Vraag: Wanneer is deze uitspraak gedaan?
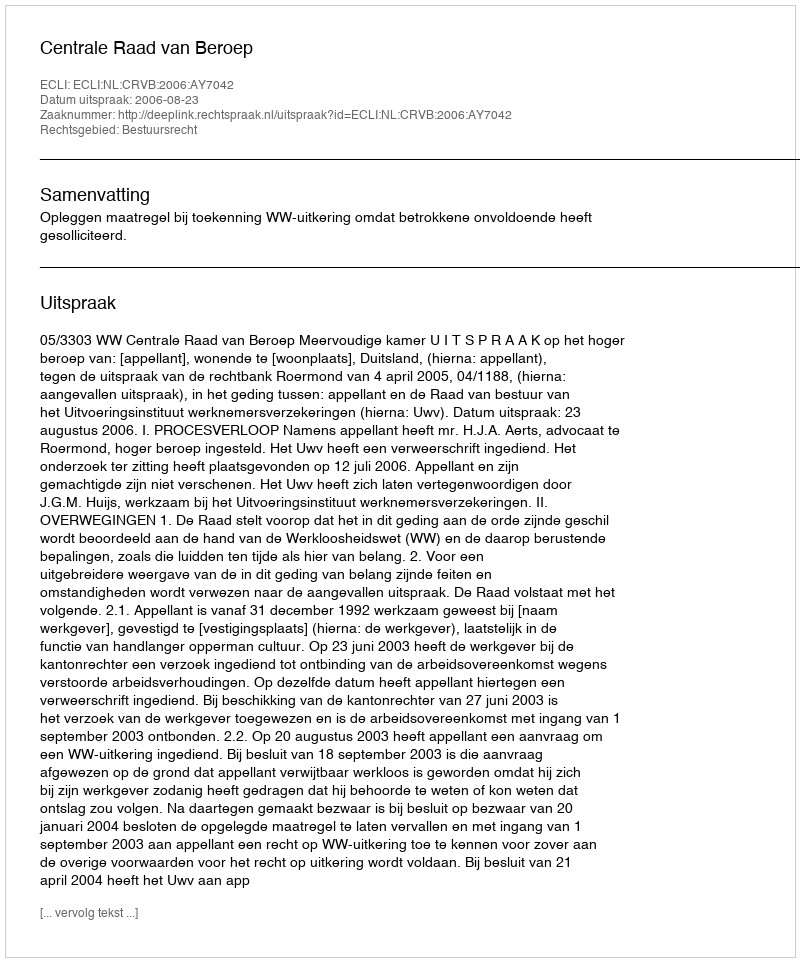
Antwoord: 2006-08-23